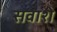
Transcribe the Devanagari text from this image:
सवाशे